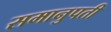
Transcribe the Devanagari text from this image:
समानुपती